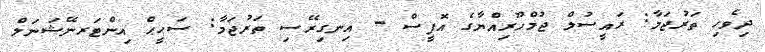
ދިވެހި ތަރުޖަމާ: ރައީސުލް ޖުމްހޫރިއްޔާގެ އޮފީސް - އިނގިރޭސި ތަރުޖަމާ: ސަޙީޙް އިންޓަރނޭޝަނަލް